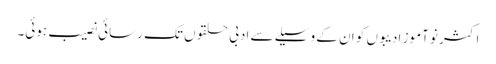
اکثر نو آموز ادیبوں کو ان کے وسیلے سے ادبی حلقوں تک رسائی نصیب ہوئی۔